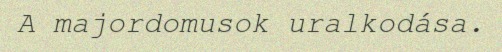
A majordomusok uralkodása.